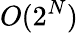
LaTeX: O(2^{N})